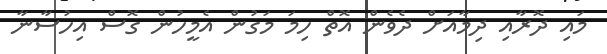
މައި ދޮރާއި ދިމާއަށް ދެވެން އޮތް ހިމަ މަގުން އެމީހުން ގޮސް އިހުސާނާ